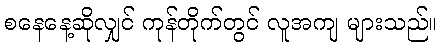
စနေနေ့ဆိုလျှင် ကုန်တိုက်တွင် လူအကျ များသည်။